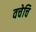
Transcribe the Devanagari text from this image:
वचेचि